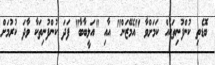
ބޮޑެތި ކުންފުނިތަކެއް ކަމަށްވާ "އެމޭޒަން" އާއި "އަލީބާބާ" ފަދަ ކުންފުނިތަކާ ވާދަ ކުރުމަށް